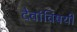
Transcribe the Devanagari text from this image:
देवांविषयी